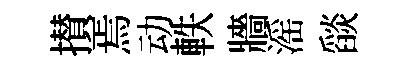
攅焉动軼牆滛𦦨